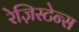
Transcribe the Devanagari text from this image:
रेज़िस्टेन्स